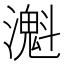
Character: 𤁔